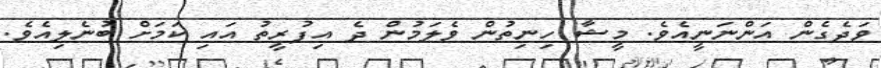
ވަދެގެން އަންނަނީއެވެ. މީޝާ ހިނިތުން ވެލަމުން ދެ އިފުރީތު އައި ކަމަށް ބުނެލިއެވެ.